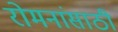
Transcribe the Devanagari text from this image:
रोमनांसाठी